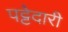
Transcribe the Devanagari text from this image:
पट्टेदारी